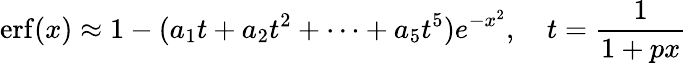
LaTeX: \operatorname{erf}(x)\approx 1-(a_{1}t+a_{2}t^{2}+\cdots+a_{5}t^{5})e^{-x^{2}},\quad t={\frac{1}{1+px}}